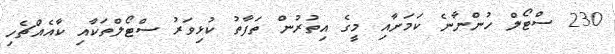
230 ސްޓޯލް ހުންނާނެ ކަމަށާއި މީގެ އިތުރުން ތަފާތު ކުޅިވަރު ސްޓޯލްތަކާއި ކާއެއްޗެހި